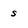
Character: s